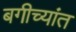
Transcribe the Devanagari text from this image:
बगीच्यांत